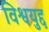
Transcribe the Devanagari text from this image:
विश्वयुद्द